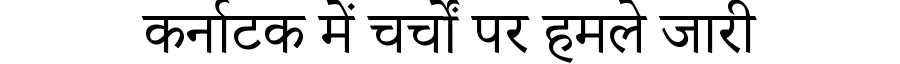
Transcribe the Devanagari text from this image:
कर्नाटक में चर्चों पर हमले जारी